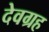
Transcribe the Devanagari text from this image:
देवग्रह